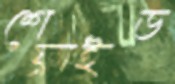
শেফ্রাইড